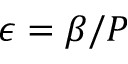
\epsilon = \beta / P